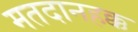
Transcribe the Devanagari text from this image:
मतदानहक्क